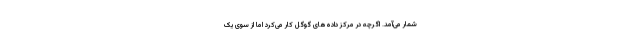
شمار می‌آمد. اگرچه در مرکز داده‌های گوگل کار می‌کرد اما از سوی یک